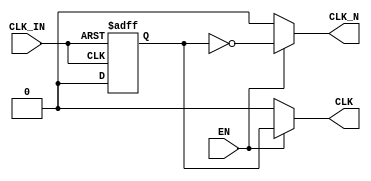
module differential_clock_buffer (
    input wire CLK_IN,        // Single-ended clock input
    input wire EN,            // Enable signal
    output reg CLK,           // Positive output
    output reg CLK_N          // Negative output
);

    // Parameters for timing control
    parameter RISE_DELAY = 1; // Adjust as needed for rise time
    parameter FALL_DELAY = 1;  // Adjust as needed for fall time

    // Internal signal for cleaned-up clock
    reg cleaned_CLK_IN;

    // Schmitt Trigger-like behavior for input stage
    always @(posedge CLK_IN or negedge CLK_IN) begin
        if (CLK_IN) begin
            cleaned_CLK_IN <= 1'b1; // High when CLK_IN is high
        end else begin
            cleaned_CLK_IN <= 1'b0; // Low when CLK_IN is low
        end
    end

    // Buffer stage to generate complementary outputs
    always @(cleaned_CLK_IN or EN) begin
        if (EN) begin
            // Generate CLK and CLK_N with minimal skew
            CLK <= #RISE_DELAY cleaned_CLK_IN;   // Positive output
            CLK_N <= #FALL_DELAY ~cleaned_CLK_IN; // Negative output
        end else begin
            // If disabled, drive outputs low
            CLK <= 1'b0;
            CLK_N <= 1'b0;
        end
    end

endmodule